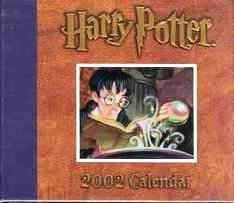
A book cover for Harry Potter 2002 Calendar; Calendars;